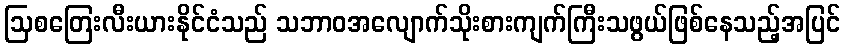
ဩစတြေးလီးယားနိုင်ငံသည် သဘာဝအလျောက်သိုးစားကျက်ကြီးသဖွယ်ဖြစ်နေသည့်အပြင်